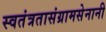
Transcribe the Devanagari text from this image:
स्वतंत्रतासंग्रामसेनानी